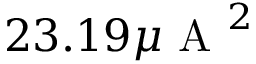
2 3 . 1 9 \mu \mathrm { ~ A ~ } ^ { 2 }